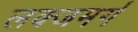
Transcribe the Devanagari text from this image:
लक्जमर्ग